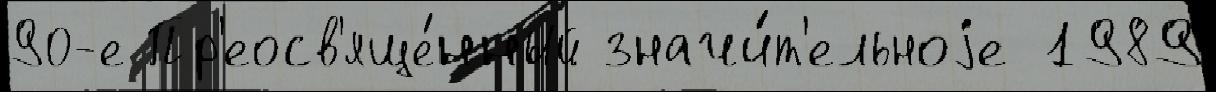
90-е Пр'еосв'яще́нный значи́т'ельноjе 1989